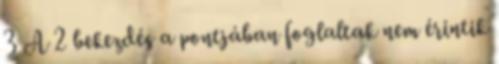
3 A 2 bekezdés a pontjában foglaltak nem érintik